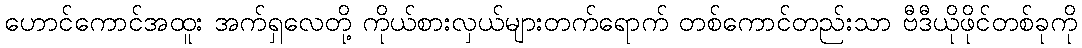
ဟောင်ကောင်အထူး အက်ရှလေတို့ ကိုယ်စားလှယ်များတက်ရောက် တစ်ကောင်တည်းသာ ဗီဒီယိုဖိုင်တစ်ခုကို